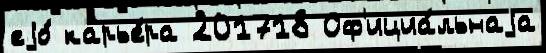
еjо́ карье́ра 201718 Оф'ициа́льнаjа